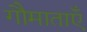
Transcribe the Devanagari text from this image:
गौमाताएँ